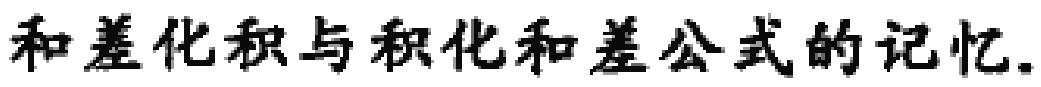
和差化积与积化和差公式的记忆.